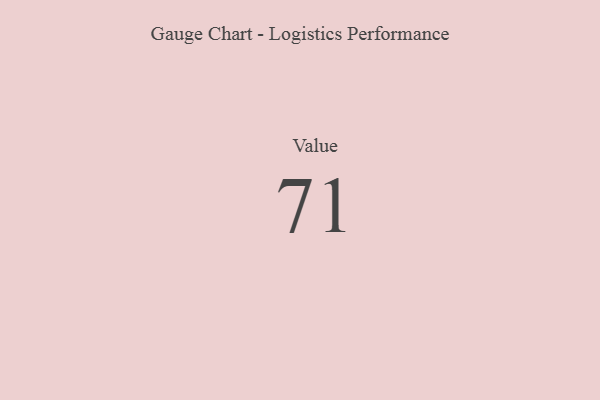
{"axis": {"x": "Metric", "y": "Value"}, "legend": [""], "data": [{"x": "Value", "y": 71, "type": ""}]}